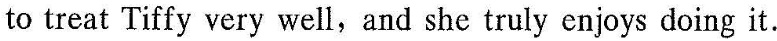
to treat Tiffy very well, and she truly enkoys doing it.